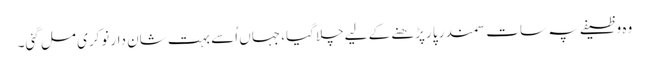
وہ وظیفے پہ سات سمندر پا رپڑھنے کے لیےچلا گیا، جہاں اُسے بہت شان دار نوکری مل گئی۔